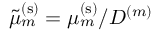
\tilde { \mu } _ { m } ^ { \mathrm { ( s ) } } = \mu _ { m } ^ { \mathrm { ( s ) } } / D ^ { ( m ) }